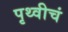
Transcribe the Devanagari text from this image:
पृथ्वीचं